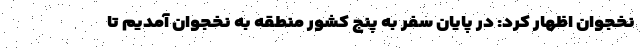
نخجوان اظهار کرد: در پایان سفر به پنج کشور منطقه به نخجوان آمدیم تا